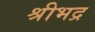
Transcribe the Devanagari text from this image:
श्रीभद्र